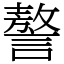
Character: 謷